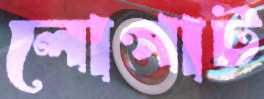
লোপাট